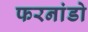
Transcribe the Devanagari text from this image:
फरनांडो